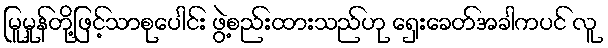
မြူမှုန်တို့ဖြင့်သာစုပေါင်း ဖွဲ့စည်းထားသည်ဟု ရှေးခေတ်အခါကပင် လူ